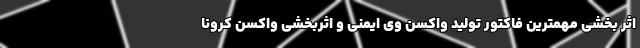
اثر بخشی مهمترین فاکتور تولید واکسن وی ایمنی و اثربخشی واکسن کرونا